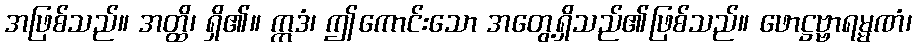
အဖြစ်သည်။ အတ္ထိ၊ ရှိ၏။ ဣဒံ၊ ဤကောင်းသော အတွေ့ရှိသည်၏ဖြစ်သည်။ ဖောဋ္ဌဗ္ဗာရမ္မဏံ၊